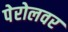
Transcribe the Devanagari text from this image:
पेरोलवर